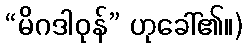
“မိဂဒါဝုန်” ဟုခေါ်၏။)